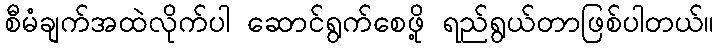
စီမံချက်အထဲလိုက်ပါ ဆောင်ရွက်စေဖို့ ရည်ရွယ်တာဖြစ်ပါတယ်။